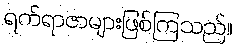
ရက်ရာဇာများဖြစ်ကြသည်။